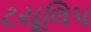
ટયૂલિપ